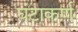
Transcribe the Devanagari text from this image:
घंटाकर्ण